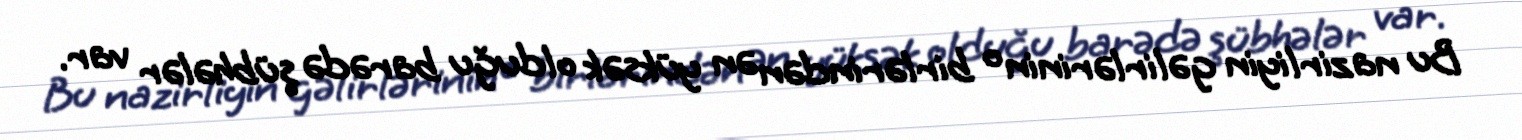
Bu nazirliyin gəlirlərinin o birlərindən ən yüksək olduğu barədə şübhələr var.